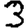
Digit: 3